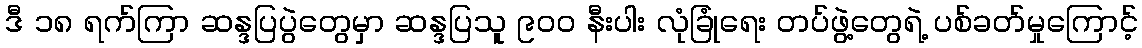
ဒီ ၁၈ ရက်ကြာ ဆန္ဒပြပွဲတွေမှာ ဆန္ဒပြသူ ၉၀၀ နီးပါး လုံခြုံရေး တပ်ဖွဲ့တွေရဲ့ ပစ်ခတ်မှုကြောင့်